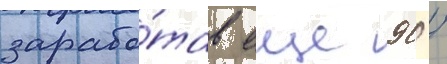
зарабо́тав еще 90 /